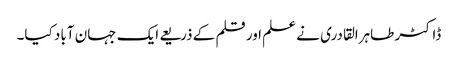
ڈاکٹر طاہرالقادری نے علم اور قلم کے ذریعے ایک جہان آباد کیا۔